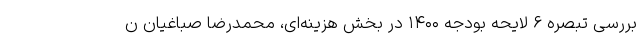
بررسی تبصره ۶ لایحه بودجه ۱۴۰۰ در بخش هزینه‌ای، محمدرضا صباغیان ن